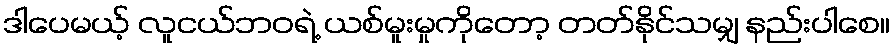
ဒါပေမယ့် လူငယ်ဘဝရဲ့ ယစ်မူးမှုကိုတော့ တတ်နိုင်သမျှ နည်းပါစေ။